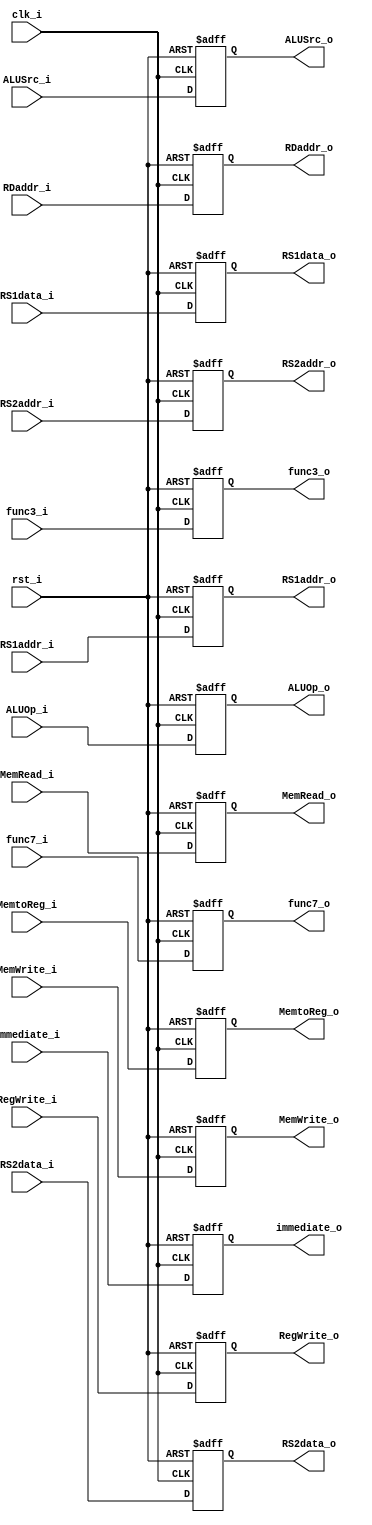
module ID_EX_Register
(
    clk_i,
    rst_i,
    RegWrite_i,
    MemtoReg_i,
    MemRead_i,
    MemWrite_i,
    ALUOp_i,
    ALUSrc_i,
    RS1data_i,
    RS2data_i,
    immediate_i,
    func7_i,
    func3_i,
    RS1addr_i,
    RS2addr_i,
    RDaddr_i,
    RegWrite_o,
    MemtoReg_o,
    MemRead_o,
    MemWrite_o,
    ALUOp_o,
    ALUSrc_o,
    RS1data_o,
    RS2data_o,
    immediate_o,
    func7_o,
    func3_o,
    RS1addr_o,
    RS2addr_o,
    RDaddr_o
);

input clk_i;
input rst_i;
input RegWrite_i;
input MemtoReg_i;
input MemRead_i;
input MemWrite_i;
input [1:0] ALUOp_i;
input ALUSrc_i;
input [31:0] RS1data_i;
input [31:0] RS2data_i;
input [31:0] immediate_i;
input [6:0] func7_i;
input [2:0] func3_i;
input [4:0] RS1addr_i;
input [4:0] RS2addr_i;
input [4:0] RDaddr_i;
output RegWrite_o;
output MemtoReg_o;
output MemRead_o;
output MemWrite_o;
output [1:0] ALUOp_o;
output ALUSrc_o;
output [31:0] RS1data_o;
output [31:0] RS2data_o;
output [31:0] immediate_o;
output [6:0] func7_o;
output [2:0] func3_o;
output [4:0] RS1addr_o;
output [4:0] RS2addr_o;
output [4:0] RDaddr_o;

reg RegWrite_o;
reg MemtoReg_o;
reg MemRead_o;
reg MemWrite_o;
reg [1:0] ALUOp_o;
reg ALUSrc_o;
reg [31:0] RS1data_o;
reg [31:0] RS2data_o;
reg [31:0] immediate_o;
reg [6:0] func7_o;
reg [2:0] func3_o;
reg [4:0] RS1addr_o;
reg [4:0] RS2addr_o;
reg [4:0] RDaddr_o;

always @(posedge clk_i or negedge rst_i) begin
    if (~rst_i) begin
        RegWrite_o <= 0;
        MemtoReg_o <= 0;
        MemRead_o <= 0;
        MemWrite_o <= 0;
        ALUOp_o <= 0;
        ALUSrc_o <= 0;
        RS1data_o <= 0;
        RS2data_o <= 0;
        immediate_o <= 0;
        func7_o <= 0;
        func3_o <= 0;
        RS1addr_o <= 0;
        RS2addr_o <= 0;
        RDaddr_o <= 0;
    end
    else begin
        RegWrite_o <= RegWrite_i;
        MemtoReg_o <= MemtoReg_i;
        MemRead_o <= MemRead_i;
        MemWrite_o <= MemWrite_i;
        ALUOp_o <= ALUOp_i;
        ALUSrc_o <= ALUSrc_i;
        RS1data_o <= RS1data_i;
        RS2data_o <= RS2data_i;
        immediate_o <= immediate_i;
        func7_o <= func7_i;
        func3_o <= func3_i;
        RS1addr_o <= RS1addr_i;
        RS2addr_o <= RS2addr_i;
        RDaddr_o <= RDaddr_i;
    end
end

endmodule